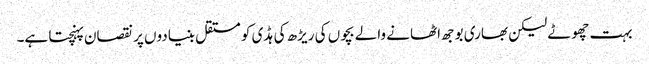
بہت چھوٹے لیکن بھاری بوجھ اٹھانے والے بچوں کی ریڑھ کی ہڈی کو مستقل بنیادوں پر نقصان پہنچتا ہے۔